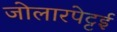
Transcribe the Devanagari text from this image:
जोलारपेट्टई